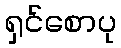
ရှင်စောပု